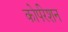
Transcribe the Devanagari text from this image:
कोर्परेशन